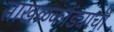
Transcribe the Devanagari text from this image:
साखळकोंड्याची